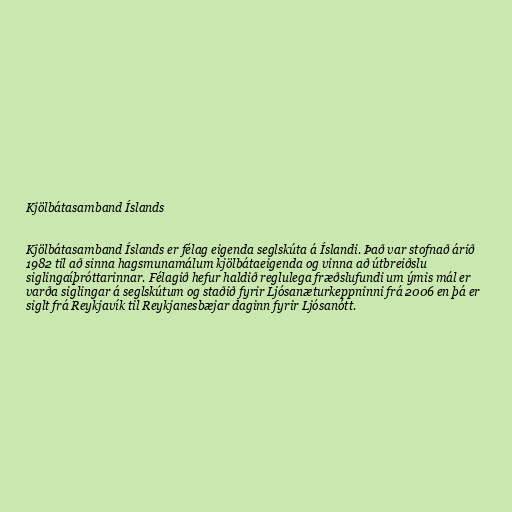
Kjölbátasamband Íslands

Kjölbátasamband Íslands er félag eigenda seglskúta á Íslandi. Það var stofnað árið
1982 til að sinna hagsmunamálum kjölbátaeigenda og vinna að útbreiðslu
siglingaíþróttarinnar. Félagið hefur haldið reglulega fræðslufundi um ýmis mál er
varða siglingar á seglskútum og staðið fyrir Ljósanæturkeppninni frá 2006 en þá er
siglt frá Reykjavík til Reykjanesbæjar daginn fyrir Ljósanótt.